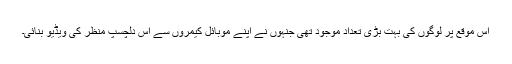
اس موقع پر لوگوں کی بہت بڑی تعداد موجود تھی جنہوں نے اپنے موبائل کیمروں سے اس دلچسپ منظر کی ویڈیو بنائی۔